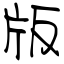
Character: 版